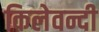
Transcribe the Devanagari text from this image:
किलेवन्दी